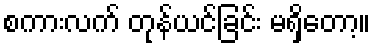
စကားလက် တုန်ယင်ခြင်း မရှိတော့။